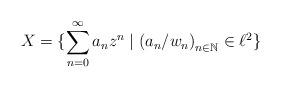
LaTeX: \begin{align*}X = \{\sum_{n=0}^{\infty}a_n z^n \mid \left(a_n/w_n\right)_{n \in \mathbb{N}} \in \ell^2\}\end{align*}